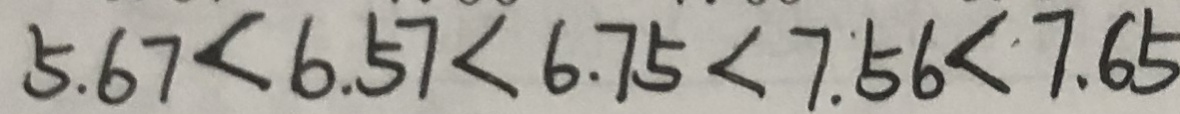
5 . 6 7 < 6 . 5 7 < 6 . 7 5 < 7 . 5 6 < 7 . 6 5